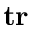
\mathbf { t r }